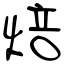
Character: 焙